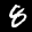
Label: 8